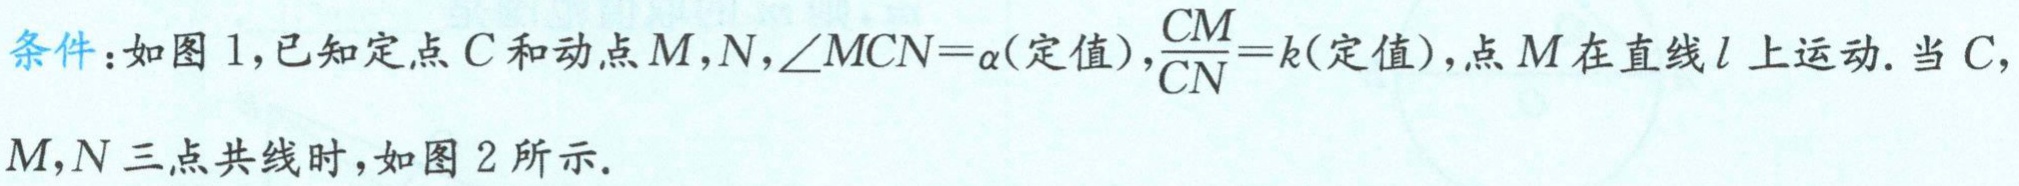
条件：如图 1，已知定点 \(C\) 和动点 \(M,N\)，\(\angle MCN = \alpha\)(定值)，\(\frac{CM}{CN}=k\)(定值)，点 \(M\) 在直线 \(l\) 上运动. 当 \(C,\) \(M,N\) 三点共线时，如图 2 所示.